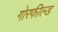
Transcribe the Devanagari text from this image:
गोरफील्ड